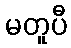
မတူပီ